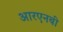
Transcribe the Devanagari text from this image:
आरएनबी